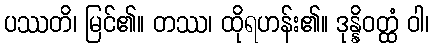
ပဿတိ၊ မြင်၏။ တဿ၊ ထိုရဟန်း၏။ ဒုန္နိဝတ္ထံ ဝါ၊